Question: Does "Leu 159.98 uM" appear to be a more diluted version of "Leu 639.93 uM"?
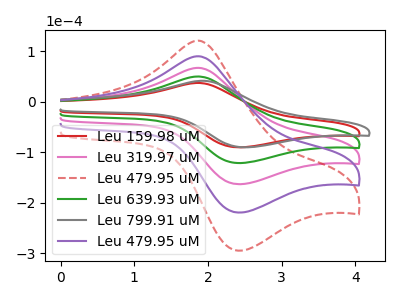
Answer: <think>The red curve "Leu 159.98 uM" has an anodic peak at (1.85V, 36.90uA) and a cathodic peak at (2.40V, -90.35uA). The pink curve "Leu 319.97 uM" has an anodic peak at (1.85V, 99.15uA) and a cathodic peak at (2.40V, -242.85uA). The red dashed curve "Leu 479.95 uM" has an anodic peak at (1.85V, 198.30uA) and a cathodic peak at (2.40V, -485.75uA). The green curve "Leu 639.93 uM" has an anodic peak at (1.85V, 49.60uA) and a cathodic peak at (2.40V, -121.45uA). The gray curve "Leu 799.91 uM" has an anodic peak at (1.90V, 41.15uA) and a cathodic peak at (2.50V, -90.35uA). The purple curve "Leu 479.95 uM" has an anodic peak at (1.85V, 148.75uA) and a cathodic peak at (2.40V, -364.30uA).
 All the peaks in "Leu 159.98 uM" have a peak in "Leu 639.93 uM" at the same potential. Every peak in "Leu 159.98 uM" is lower than every peak in "Leu 639.93 uM".</think>
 <answer>"Leu 159.98 uM" has less signal than "Leu 639.93 uM" and so likely has a lower concentration.</answer>
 <eval>less_concentration</eval>